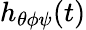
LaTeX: h_{\theta\phi\psi}(t)